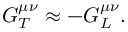
G _ { T } ^ { \mu \nu } \approx - G _ { L } ^ { \mu \nu } .